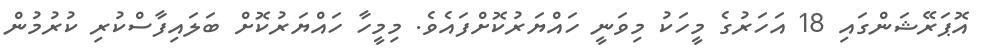
އޮޕަރޭޝަންގައި 18 އަހަރުގެ މީހަކު މިވަނީ ހައްޔަރުކޮށްފައެވެ. މިމީހާ ހައްޔަރުކޮށް ބަލައިފާސްކުރި ކުރުމުން